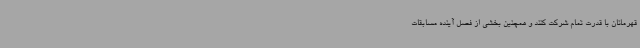
قهرمانان با قدرت تمام شرکت کنند و همچنین بخشی از فصل آینده مسابقات